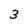
Character: 3